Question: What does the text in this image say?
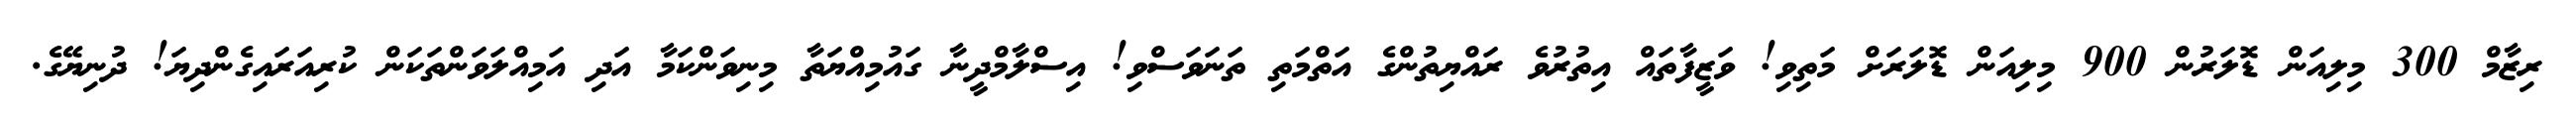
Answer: ރިޒާމް 300 މިލިއަން ޑޮލަރުން 900 މިލިއަން ޑޮލަރަށް މަތިވި! ވަޒީފާތައް އިތުރުވެ ރައްޔިތުންގެ އަތްމަތި ތަނަވަސްވި! އިސްލާމްދީނާ ގައުމިއްޔަތާ މިނިވަންކަމާ އަދި އަމިއްލަވަންތަކަން ކުރިއަރައިގެންދިޔަ! ދުނިޔޭގެ.